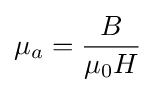
\mu _{a}={\frac {B}{\mu _{0}H}}